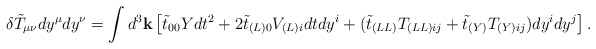
\begin{align*}\delta \tilde{T}_{\mu\nu}dy^{\mu}dy^{\nu} = \int d^3{\bf k}\left[ \tilde{t}_{00}Ydt^2 + 2\tilde{t}_{(L)0}V_{(L)i}dtdy^i + (\tilde{t}_{(LL)}T_{(LL)ij}+\tilde{t}_{(Y)}T_{(Y)ij})dy^idy^j\right].\end{align*}